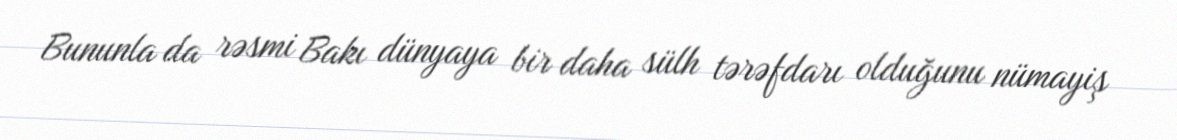
Bununla da rəsmi Bakı dünyaya bir daha sülh tərəfdarı olduğunu nümayiş